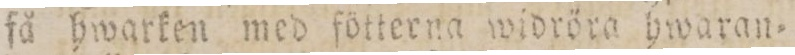
få hwarken med fötterna widröra hwaran=